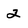
Character: 2